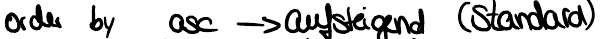
order by asc -> aufsteigend (Standard)